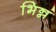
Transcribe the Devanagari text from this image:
भिन्नं